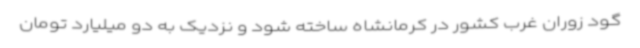
گود زوران غرب کشور در کرمانشاه ساخته شود و نزدیک به دو میلیارد تومان